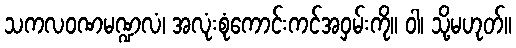
သကလဝဏမဏ္ဍလံ၊ အလုံးစုံကောင်းကင်အဝှမ်းကို။ ဝါ၊ သို့မဟုတ်။